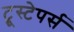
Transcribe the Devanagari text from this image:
ट्रूस्टेपर्स